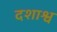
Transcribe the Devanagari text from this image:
दशाश्व